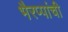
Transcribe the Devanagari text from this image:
भैरप्पांची